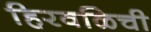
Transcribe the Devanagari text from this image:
हिरवळिची